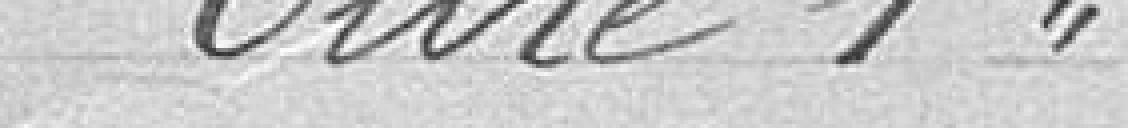
Titre premier